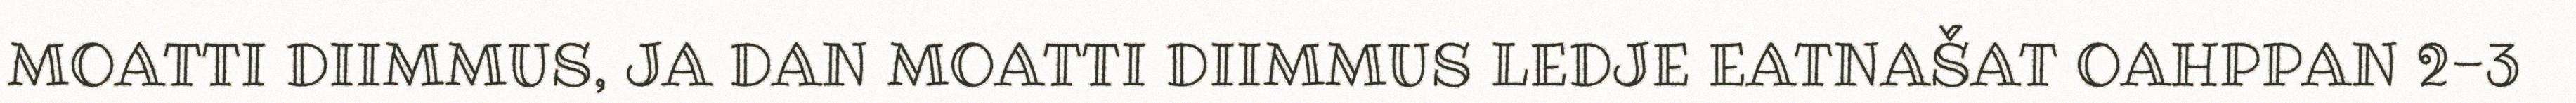
MOATTI DIIMMUS, JA DAN MOATTI DIIMMUS LEDJE EATNAŠAT OAHPPAN 2-3